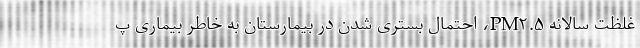
غلظت سالانه PM۲.۵، احتمال بستری شدن در بیمارستان به خاطر بیماری پ